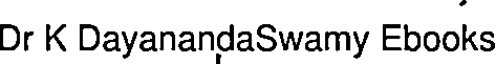
Dr K DayanandaSwamy Ebooks